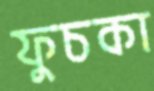
ফুচকা